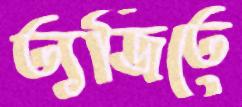
ত্যজিতে